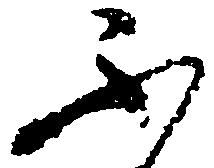
ふ